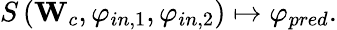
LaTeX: S\left(\mathbf{W}_{c},\mathbf{\varphi}_{in,1},\mathbf{\varphi}_{in,2}\right)\mapsto\mathbf{\varphi}_{pred}.